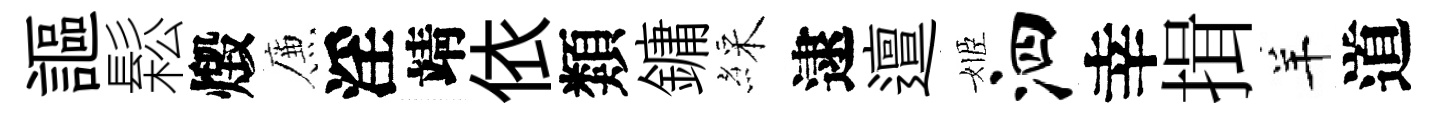
謳鬆燬簾淫靖依類鏞綵逮邅姬泗幸揖羊道